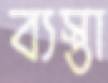
ব্যস্তা